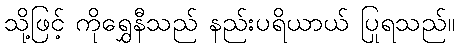
သို့ဖြင့် ကိုရွှေနီသည် နည်းပရိယာယ် ပြုရသည်။